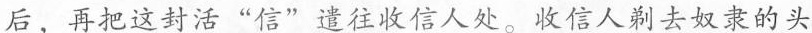
后，再把这封活”信”遣往收信人处。收信人剃去奴隶的头